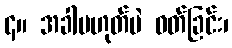
၄။ အခါမဟုတ်ပဲ ဝတ်ခြင်း၊